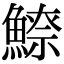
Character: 𩺚